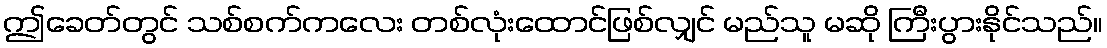
ဤခေတ်တွင် သစ်စက်ကလေး တစ်လုံးထောင်ဖြစ်လျှင် မည်သူ မဆို ကြီးပွားနိုင်သည်။